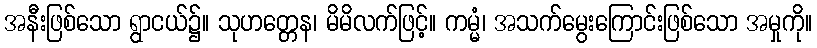
အနီးဖြစ်သော ရွာငယ်၌။ သုဟတ္တေန၊ မိမိလက်ဖြင့်။ ကမ္မံ၊ အသက်မွေးကြောင်းဖြစ်သော အမှုကို။